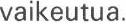
vaikeutua.